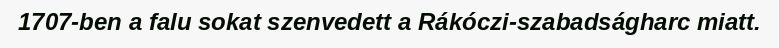
1707-ben a falu sokat szenvedett a Rákóczi-szabadságharc miatt.